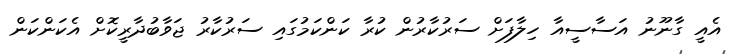
އެއީ ގާނޫނު އަސާސީއާ ހިލާފަށް ސަރުކާރުން ކުރާ ކަންކަމުގައި ސަރުކާރު ޖަވާބުދާރީކޮށް އެކަންކަން